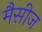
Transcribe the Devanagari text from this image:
मैसीज